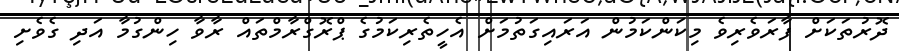
ދޮރުތަކަށް ފާރަވެރިވެ މިކަންކަމުން އަރައިގަތުމަށް އެހީތެރިކަމުގެ ޕްރޮގްރާމްތައް ރާވާ ހިންގުމާ އަދި ގެވެށި